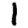
Digit: 1